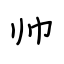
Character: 帅